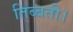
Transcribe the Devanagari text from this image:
तिब्बती।